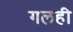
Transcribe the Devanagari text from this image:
गलही